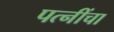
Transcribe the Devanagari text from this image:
पत्नींचा